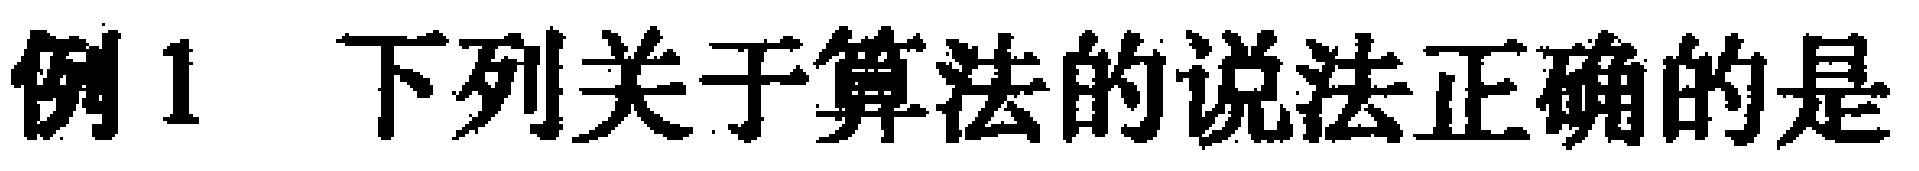
例1 下列关于算法的说法正确的是